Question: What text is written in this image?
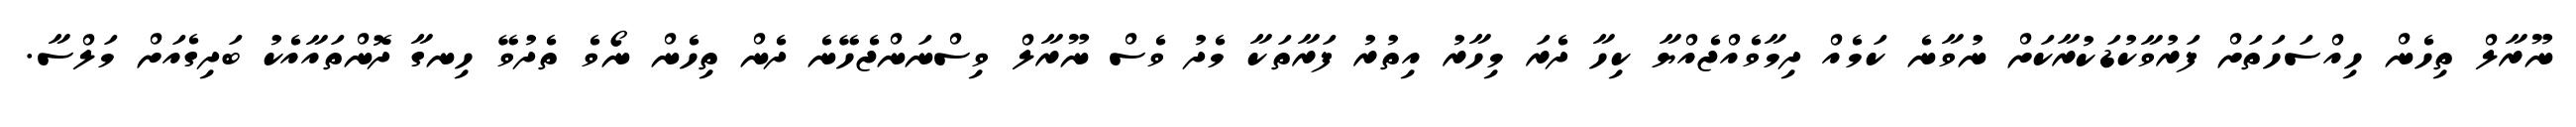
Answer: ނޫރާލް ތިހެން ހިއްސަހަތަށް ފަރުވާކުޑަކުރާކަށް ނުވާނެ ކަމެއް ދިމާވެއްޖެއްޔާ ކިހާ ދެރަ މިހާރު އިތުރު ފަރާތަކާ މެދު ވެސް ނޫރާލް ވިސްނަންޖެހޭނެ ދެން ތިހެން ނޯވެ ތެދުވޭ ހިނގާ ދޮންތައާއެކު ބަދިގެއަށް މަލްސާ.